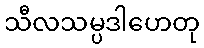
သီလသမ္ပဒါဟေတု